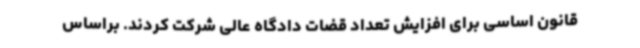
قانون اساسی برای افزایش تعداد قضات دادگاه عالی شرکت کردند. براساس